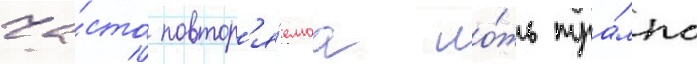
ча́сто повтор'я́емаа ло́жь тра́мпа